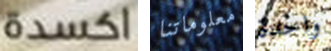
اكسدة معلوماتنا واحدة